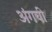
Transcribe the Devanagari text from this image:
अंगची